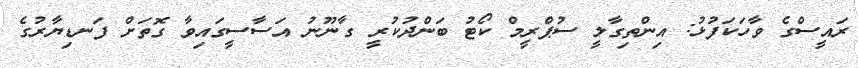
ރައީސްގެ ވާހަކަފުޅު: އިންތިގާލީ ސުޕްރީމް ކޯޓު ބަންދުކުރީ ގާނޫނު އަސާސީގައިވާ ގޮތަށް ފަނޑިޔާރުގެ